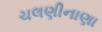
ચલણીનાણા